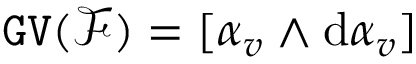
\mathtt { G V } ( { \mathcal F } ) = [ \alpha _ { v } \wedge \mathrm { d } \alpha _ { v } ]